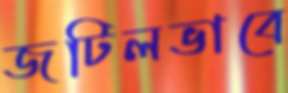
জটিলভাবে